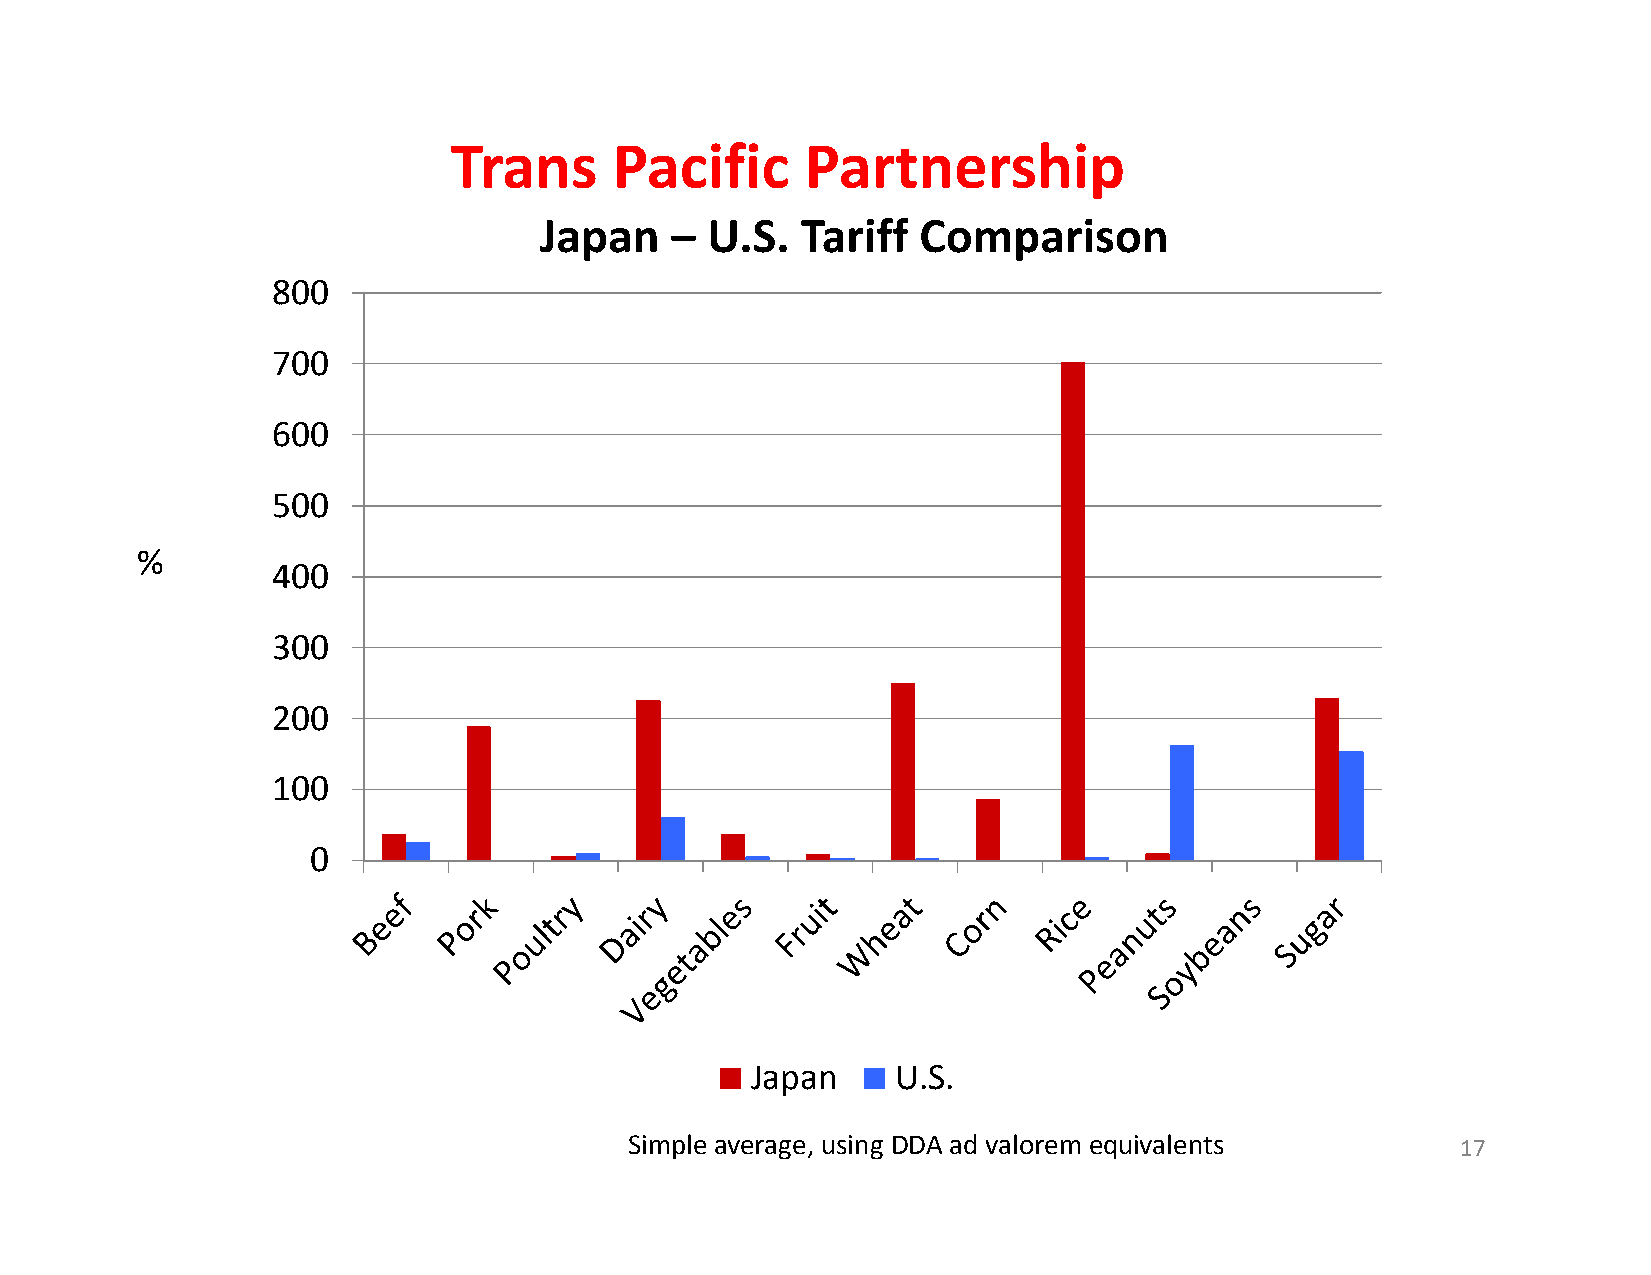
Trans      Pacific     Partnership
 Japan   –  U.S.  Tariff  Comparison
 800
 700
 600
 500
 %
 400
 300
 200
 100
 0
 Japan    U.S.
 Simple average, using DDA ad valorem equivalents       17